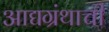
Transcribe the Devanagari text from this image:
आद्यग्रंथाची